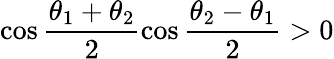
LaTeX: \cos\frac{\theta_{1}+\theta_{2}}{2}\cos\frac{\theta_{2}-\theta_{1}}{2}>0